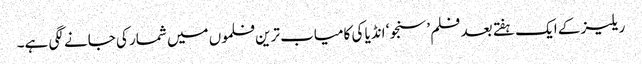
ریلیز کے ایک ہفتے بعد فلم ’سنجو‘ انڈیا کی کامیاب ترین فلموں میں شمار کی جانے لگی ہے۔